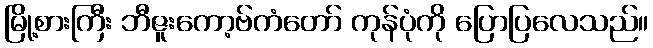
မြို့စားကြီး ဘီဇူးကော့ဗ်ကံတော် ကုန်ပုံကို ပြောပြလေသည်။